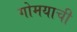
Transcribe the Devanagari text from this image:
गोमयाची